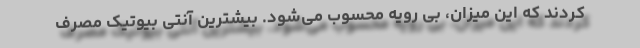
کردند که این میزان، بی رویه محسوب می‌شود. بیشترین آنتی بیوتیک مصرف